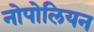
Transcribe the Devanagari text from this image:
नोपोलियन